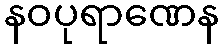
နဝပုရာဏေန